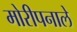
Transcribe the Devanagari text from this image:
मोरीपनाले